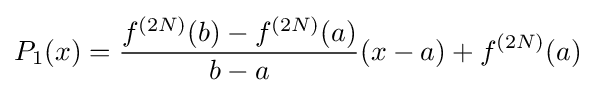
P_{1}(x)={\frac {f^{(2N)}(b)-f^{(2N)}(a)}{b-a}}(x-a)+f^{(2N)}(a)